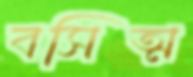
বসিত্ম